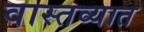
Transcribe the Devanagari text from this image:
वास्‍तव्‍यात